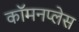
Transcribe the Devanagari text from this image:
कॉमनप्लेस